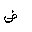
Letter: _dad